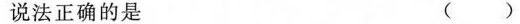
说法正确的是 ( )